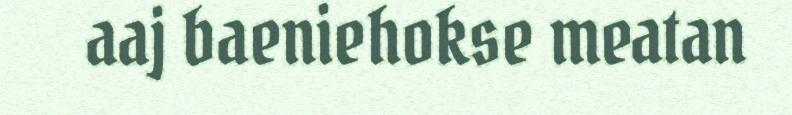
aaj baeniehokse meatan